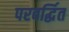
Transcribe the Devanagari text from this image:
परवर्द्धित